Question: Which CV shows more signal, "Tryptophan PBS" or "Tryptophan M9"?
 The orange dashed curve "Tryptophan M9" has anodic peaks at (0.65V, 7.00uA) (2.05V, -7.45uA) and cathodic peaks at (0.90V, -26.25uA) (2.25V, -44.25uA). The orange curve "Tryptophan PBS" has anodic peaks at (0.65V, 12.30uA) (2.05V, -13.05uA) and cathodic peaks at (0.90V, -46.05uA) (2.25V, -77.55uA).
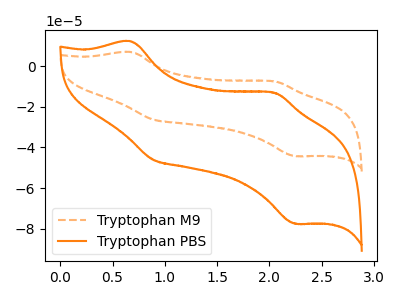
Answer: <think>All the peaks in "Tryptophan PBS" have a peak in "Tryptophan M9" at the same potential.
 </think>
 <answer>I cant tell if "Tryptophan PBS" or "Tryptophan M9" has more signal.</answer>
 <eval>mixed_signal</eval>